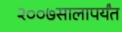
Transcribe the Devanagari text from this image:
२००७सालापर्यंत